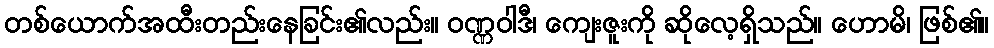
တစ်ယောက်အထီးတည်းနေခြင်း၏လည်း။ ဝဏ္ဏဝါဒီ၊ ကျေးဇူးကို ဆိုလေ့ရှိသည်။ ဟောမိ၊ ဖြစ်၏။